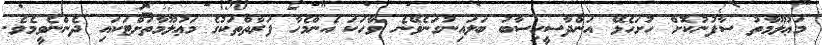
މަޢުލޫމާތު ސާފުނުކޮށް ހުށަހެޅޭ އަންދާސީހިސާބު ބަލައިނުގަނެވޭނެ ވާހަކަ އެންމެހާ ފަރާތްތަކުގެ މަޢުލޫމާތަށްޓަކައި ދެންނެވީމެވެ.